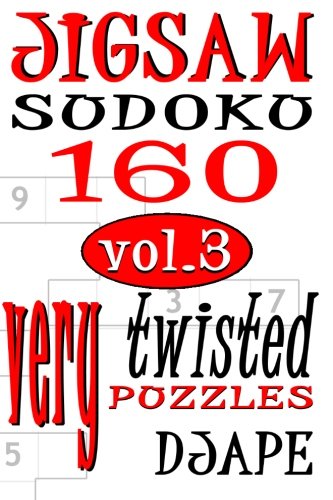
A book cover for Jigsaw Sudoku vol 3: 160 very twisted puzzles; Djape; Humor & Entertainment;